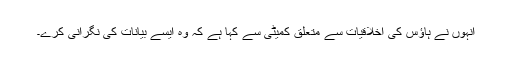
اُنہوں نے ہاؤس کی اخلاقیات سے متعلق کمیٹی سے کہا ہے کہ وہ ایسے بیانات کی نگرانی کرے۔